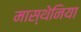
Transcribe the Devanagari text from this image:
मास्थेनिया